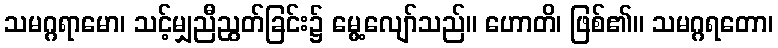
သမဂ္ဂရာမော၊ သင့်မျှညီညွတ်ခြင်း၌ မွေ့လျော်သည်။ ဟောတိ၊ ဖြစ်၏။ သမဂ္ဂရတော၊